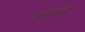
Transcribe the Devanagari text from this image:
आसमान्य